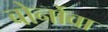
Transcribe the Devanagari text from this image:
बोर्नोवा